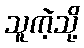
သူကဲ့သို့